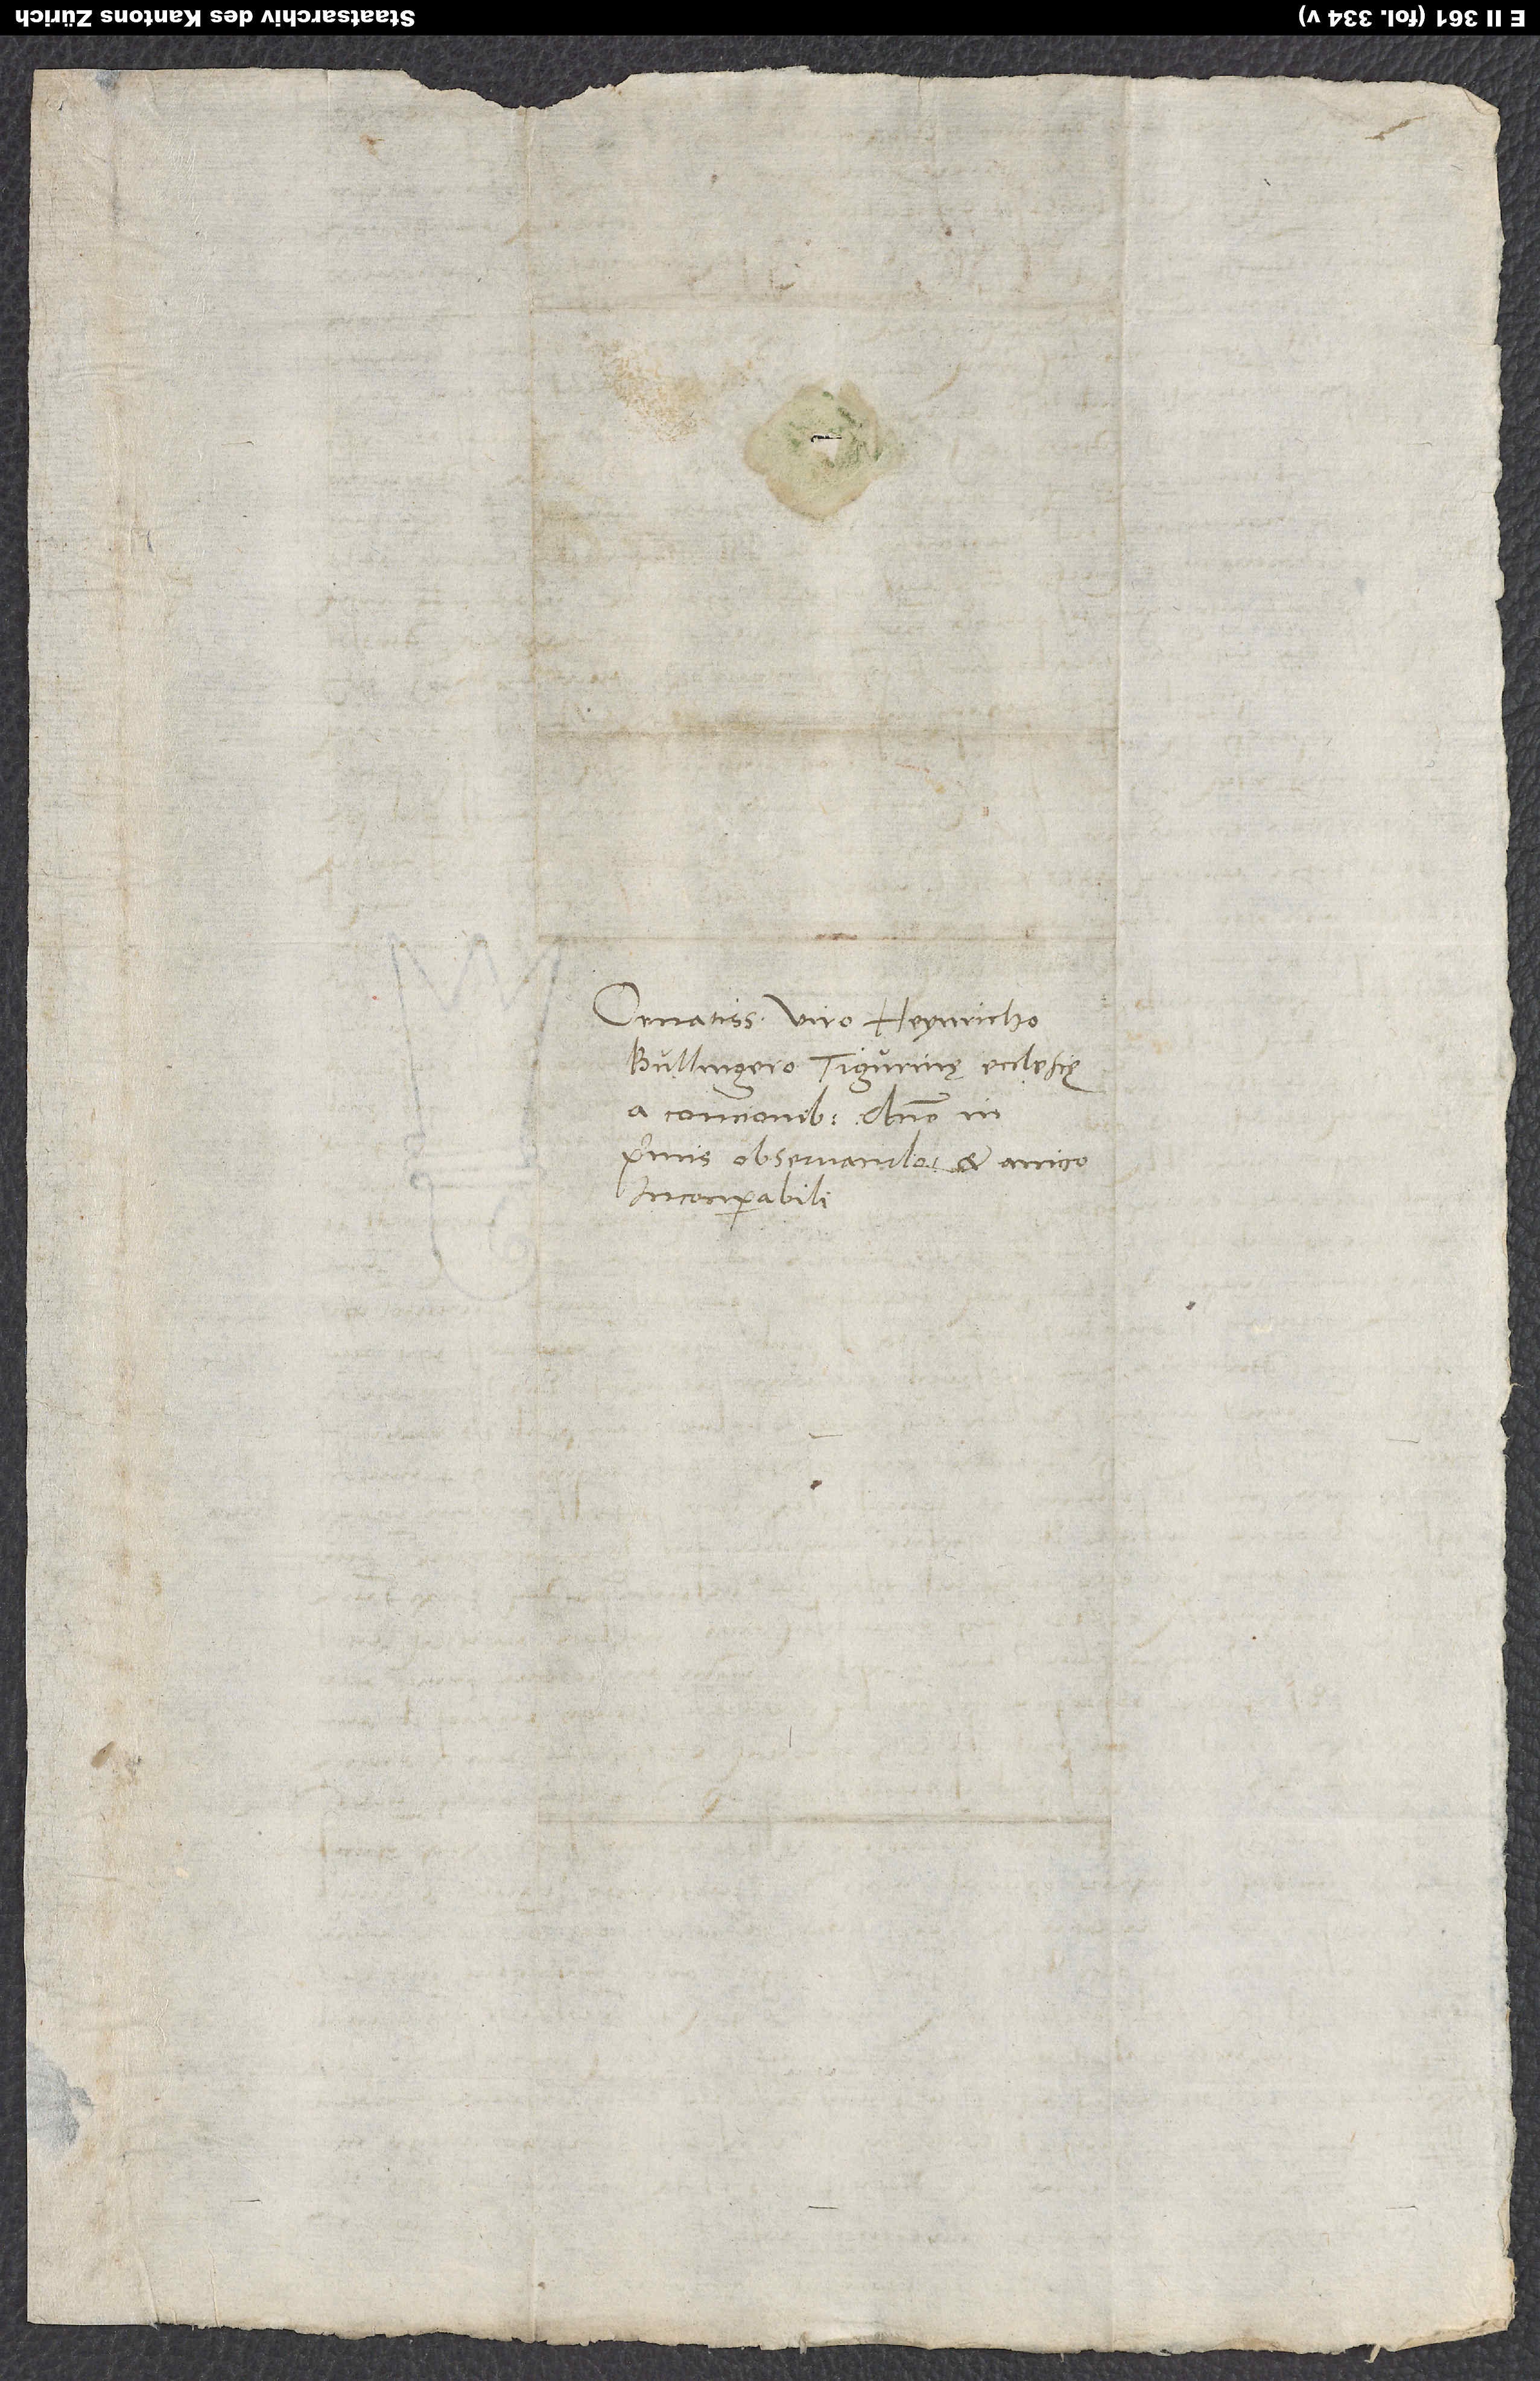
Ornatissimo viro Heynricho
Bullingero, Tigurinę ecclesię
a concionibus, domino in
primis observando et amico
incomparabili.